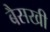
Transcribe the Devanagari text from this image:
बैसखी